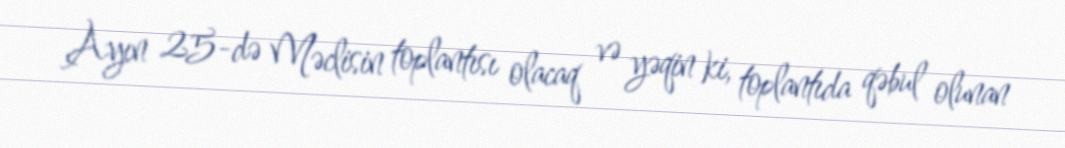
Ayın 25-də Məclisin toplantısı olacaq və yəqin ki, toplantıda qəbul olunan